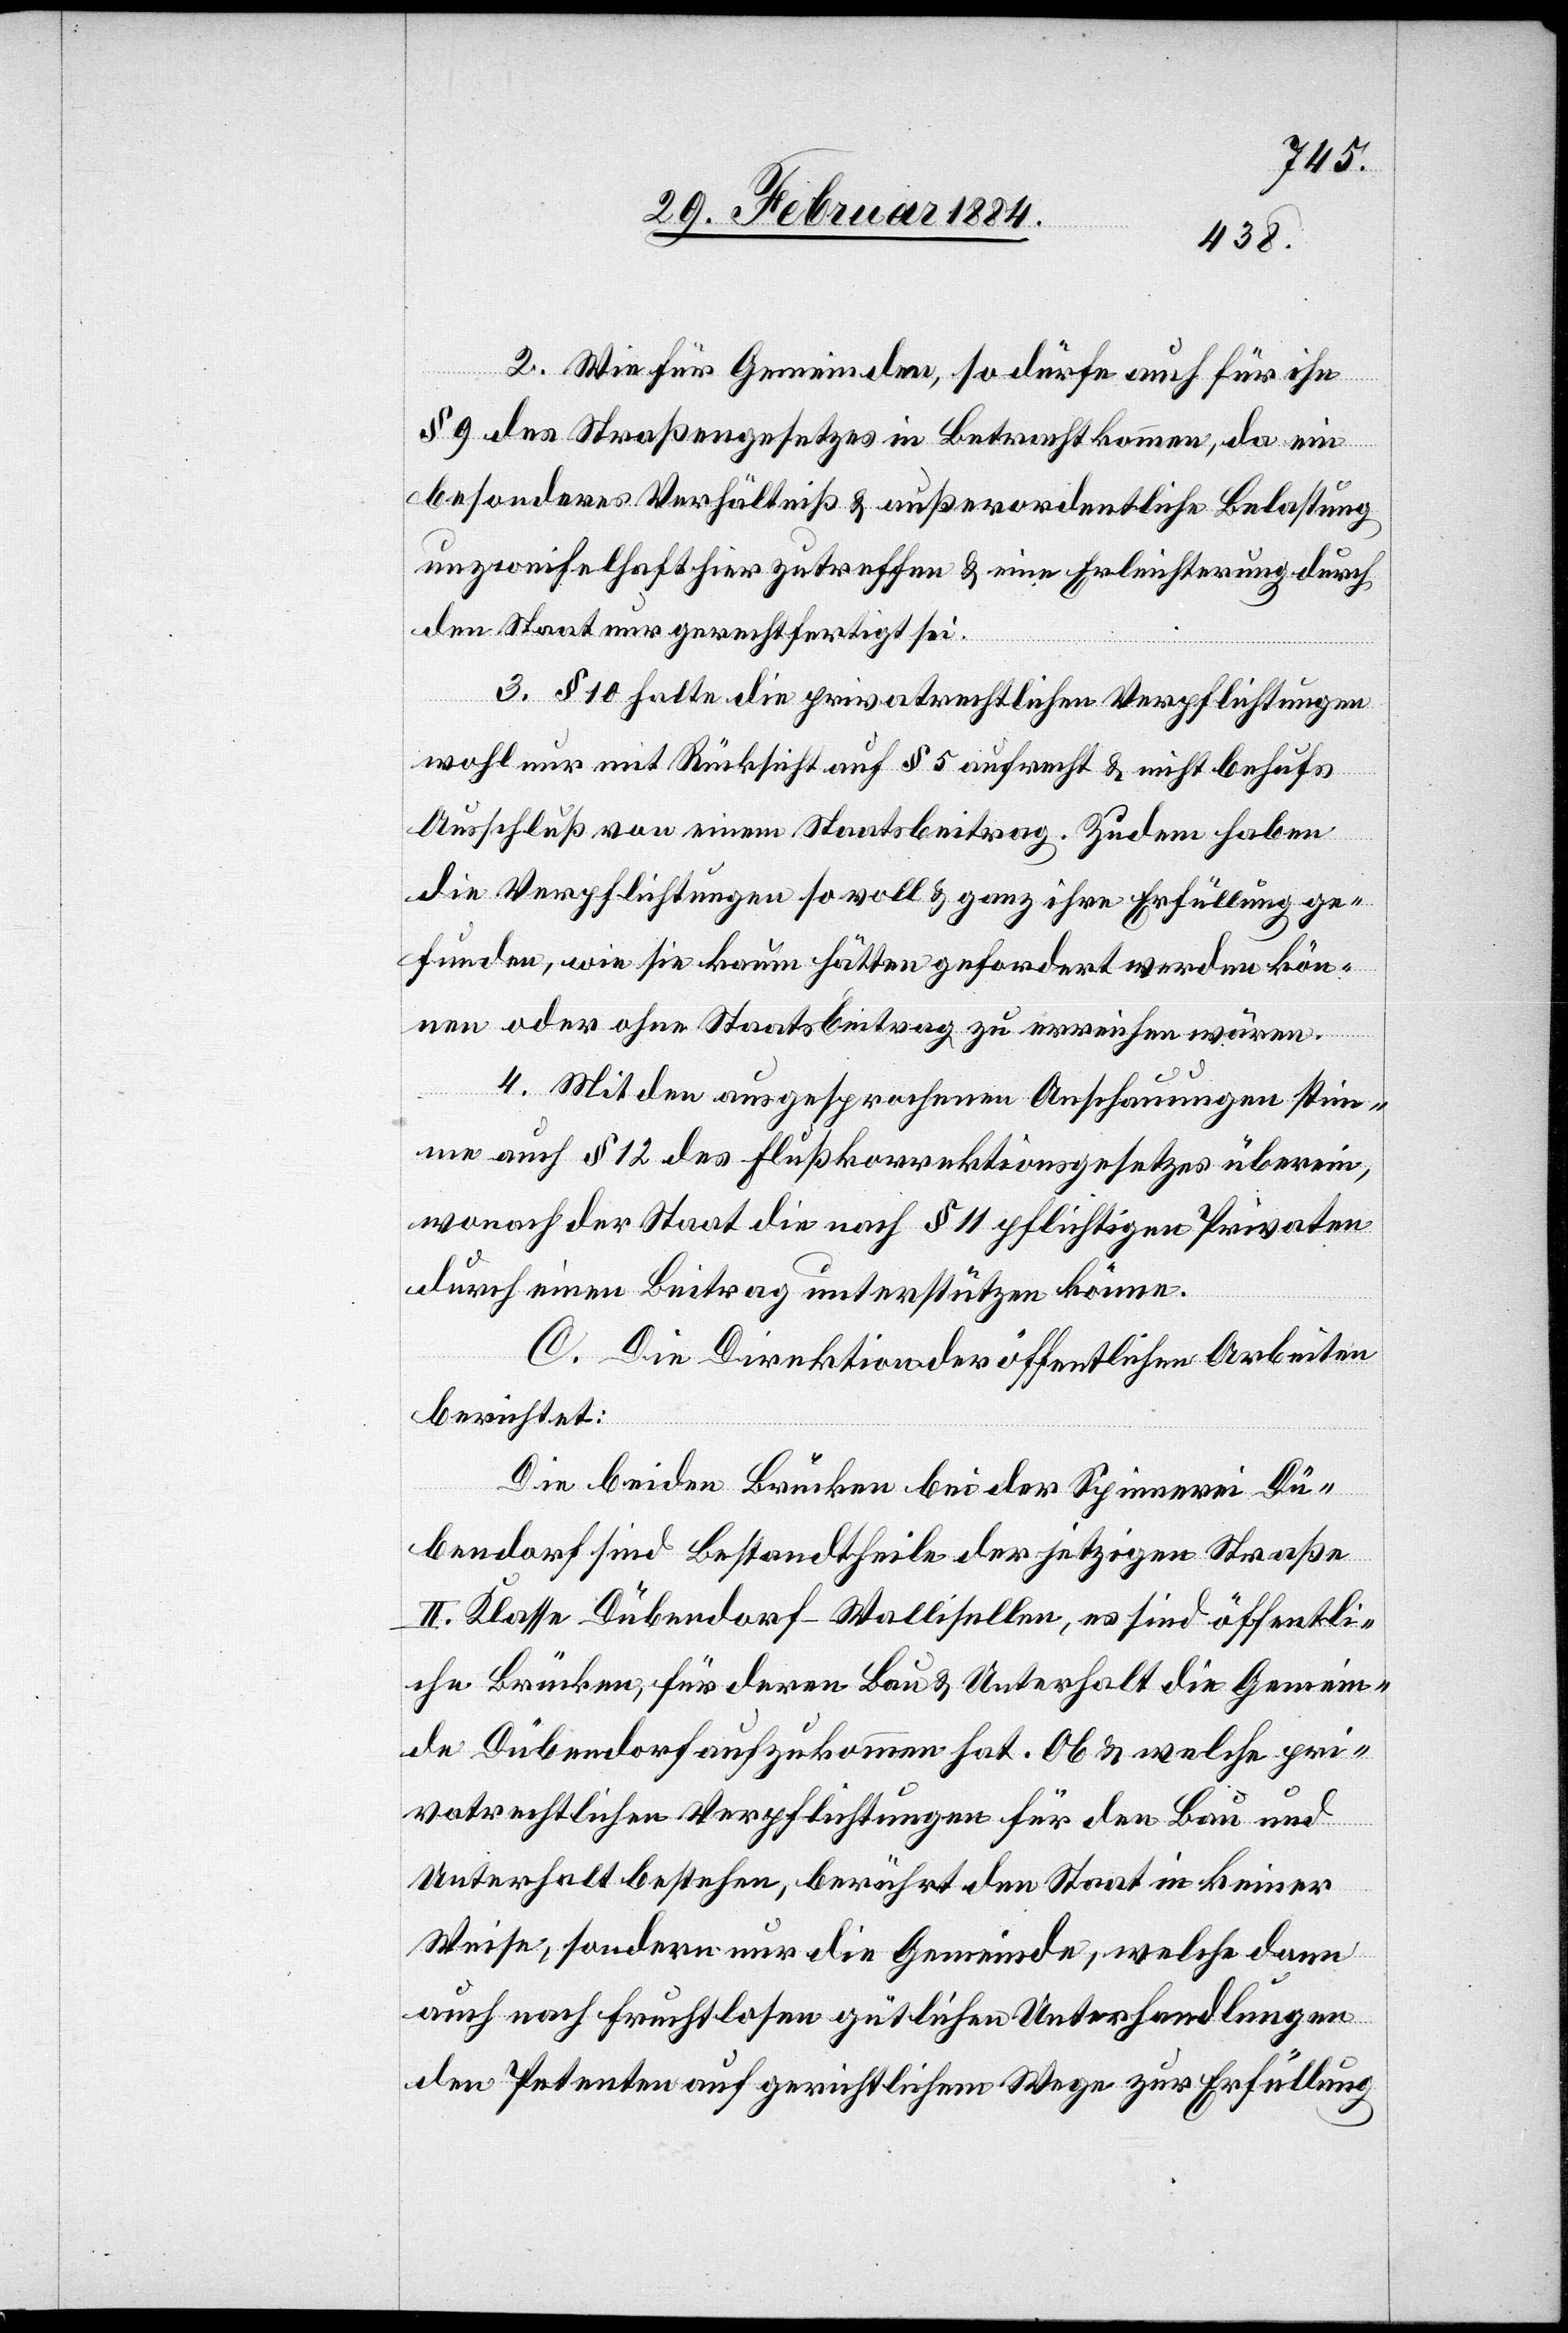
2. Wie für Gemeinden, so dürfe auch für ihn
§ 9 des Straßengesetzes in Betracht kommen, da ein
besonderes Verhältniß & außerordentliche Belastung
unzweifelhaft hier zutreffen & eine Erleichterung durch
den Staat gerechtfertigt sei.
3. § 10 halte die privatrechtlichen Verpflichtungen
wohl nur mit Rücksicht auf § 5 aufrecht & nicht behufs
Ausschluß von einem Staatsbeitrag. Zudem haben
die Verpflichtungen so voll & ganz ihre Erfüllung ge¬
funden, wie sie kaum hätten gefordert werden kön¬
nen oder ohne Staatsbeitrag zu erreichen wären.
4. Mit den ausgesprochenen Anschauungen stim¬
me auch § 12 des Flußkorrektionsgesetzes überein,
wonach der Staat die nach § 11 pflichtigen Privaten
durch einen Beitrag unterstützen könne.
C. Die Direktion der öffentlichen Arbeiten
berichtet:
Die beiden Brücken bei der Spinnerei Dü¬
bendorf sind Bestandtheile der jetzigen Straße
II. Klasse Dübendorf–Wallisellen, es sind öffentli¬
che Brücken, für deren Bau & Unterhalt die Gemein¬
de Dübendorf aufzukommen hat. Ob & welche pri¬
vatrechtlichen Verpflichtungen für den Bau und
Unterhalt bestehen, berührt den Staat in keiner
Weise, sondern nur die Gemeinde, welche dann
auch nach fruchtlosen gütlichen Unterhandlungen
den Petenten auf gerichtlichem Wege zur Erfüllung